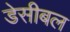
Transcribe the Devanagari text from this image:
डेसीबल